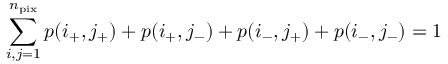
\sum _ { i , j = 1 } ^ { n _ { \mathrm { p i x } } } p ( i _ { + } , j _ { + } ) + p ( i _ { + } , j _ { - } ) + p ( i _ { - } , j _ { + } ) + p ( i _ { - } , j _ { - } ) = 1